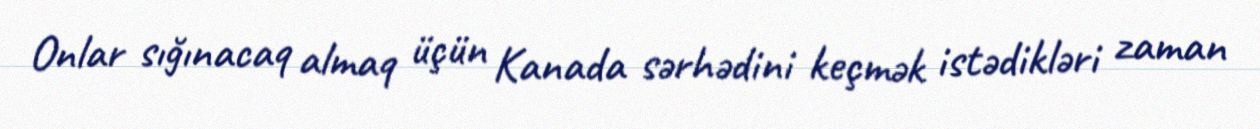
Onlar sığınacaq almaq üçün Kanada sərhədini keçmək istədikləri zaman